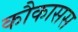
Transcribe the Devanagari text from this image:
कौकासस